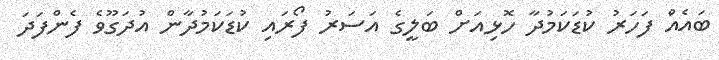
ބައެއް ފަހަރު ކުޑަކަމުދާ ހޮޅިއަށް ބަލީގެ އަސަރު ފޯރައި ކުޑަކަމުދާން އުދަގޫވެ ފެންފަދަ